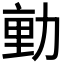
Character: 𭄴